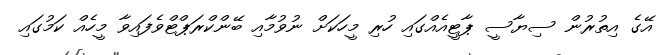
އޭގެ އިތުރުން ސިޔާސީ ޕާޓީއެއްގައި ހުރި މީހަކަށް ނުވުމާއި ބޭންކްރަޕްޓްވެފައިވާ މީހެއް ކަމުގައި